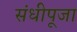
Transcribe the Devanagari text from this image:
संधीपूजा